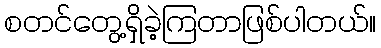
စတင်တွေ့ရှိခဲ့ကြတာဖြစ်ပါတယ်။